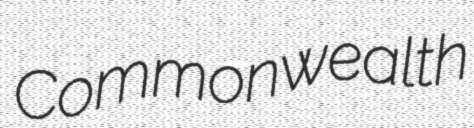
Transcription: Commonwealth